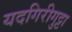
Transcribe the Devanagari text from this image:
यदगिरीगुट्टा